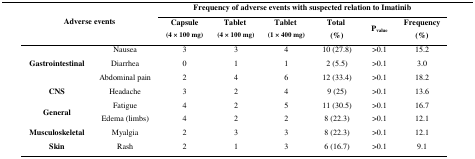
<table><thead><tr><td rowspan="2" colspan="2"><b>Adverse events</b></td><td colspan="6"><b>Frequency of adverse events with suspected relation to Imatinib</b></td></tr><tr><td><b>Capsule(4 × 100 mg)</b></td><td><b>Tablet (4 × 100 mg)</b></td><td><b>Tablet (1 × 400 mg)</b></td><td><b>Total (%)</b></td><td><b>P<sub>value</sub></b></td><td><b>Frequency(%)</b></td></tr></thead><tbody><tr><td rowspan="3"><b>Gastrointestinal</b></td><td>Nausea</td><td>3</td><td>3</td><td>4</td><td>10 (27.8)</td><td>&gt;0.1</td><td>15.2</td></tr><tr><td>Diarrhea</td><td>0</td><td>1</td><td>1</td><td>2 (5.5)</td><td>&gt;0.1</td><td>3.0</td></tr><tr><td>Abdominal pain</td><td>2</td><td>4</td><td>6</td><td>12 (33.4)</td><td>&gt;0.1</td><td>18.2</td></tr><tr><td><b>CNS</b></td><td>Headache</td><td>3</td><td>2</td><td>4</td><td>9 (25)</td><td>&gt;0.1</td><td>13.6</td></tr><tr><td rowspan="2"><b>General</b></td><td>Fatigue</td><td>4</td><td>2</td><td>5</td><td>11 (30.5)</td><td>&gt;0.1</td><td>16.7</td></tr><tr><td>Edema (limbs)</td><td>4</td><td>2</td><td>2</td><td>8 (22.3)</td><td>&gt;0.1</td><td>12.1</td></tr><tr><td><b>Musculoskeletal</b></td><td>Myalgia</td><td>2</td><td>3</td><td>3</td><td>8 (22.3)</td><td>&gt;0.1</td><td>12.1</td></tr><tr><td><b>Skin</b></td><td>Rash</td><td>2</td><td>1</td><td>3</td><td>6 (16.7)</td><td>&gt;0.1</td><td>9.1</td></tr></tbody></table>